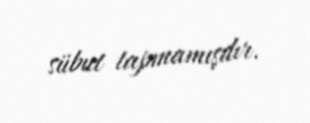
sübut tapmamışdır.